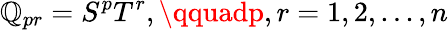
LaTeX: \mathbb{Q}_{pr}=S^{p}T^{r},\qquadp,r=1,2,...,n